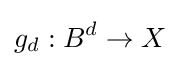
g_{d}:B^{d}\to X